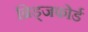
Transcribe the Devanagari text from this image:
ब्रिड्जफोर्ड